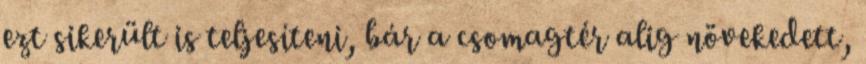
ezt sikerült is teljesíteni, bár a csomagtér alig növekedett,